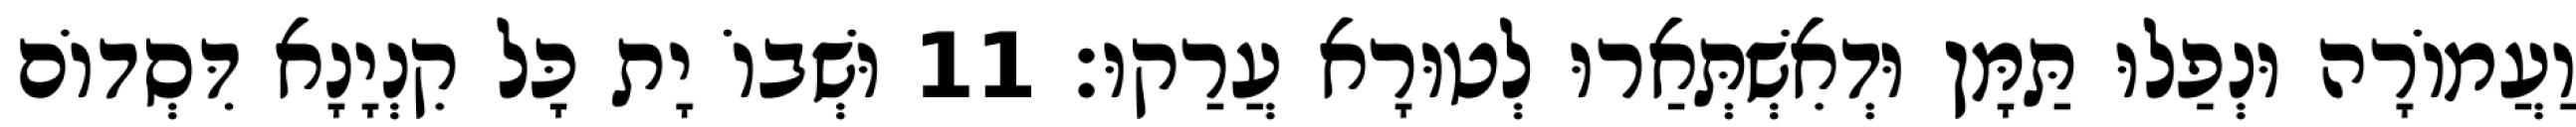
וַעֲמוֹרָה וּנְפַלוּ תַּמָּן וּדְאִשְׁתְּאַרוּ לְטוּרָא עֲרַקוּ׃ 11 וּשְׁבוֹ יָת כָּל קִנְיָנָא דִּסְדוֹם